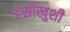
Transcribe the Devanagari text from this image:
हंसीखुशी